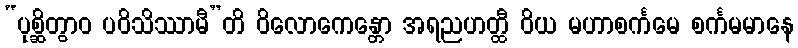
“ပုစ္ဆိတွာဝ ပဝိသိဿာမီ”တိ ဝိလောကေန္တော အရညဟတ္ထီ ဝိယ မဟာစင်္ကမေ စင်္ကမမာနေ